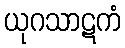
ယုဂသာဋကံ